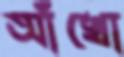
আঁখো